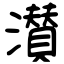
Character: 濽